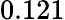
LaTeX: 0.121